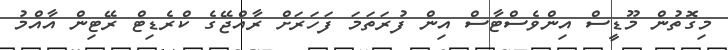
މިގޮތުން މޫޑީސް އިންވެސްޓާސް އިން ފުރަތަމަ ފަހަރަށް ރާއްޖޭގެ ކްރެޑިޓް ރޭޓިން އާއްމު